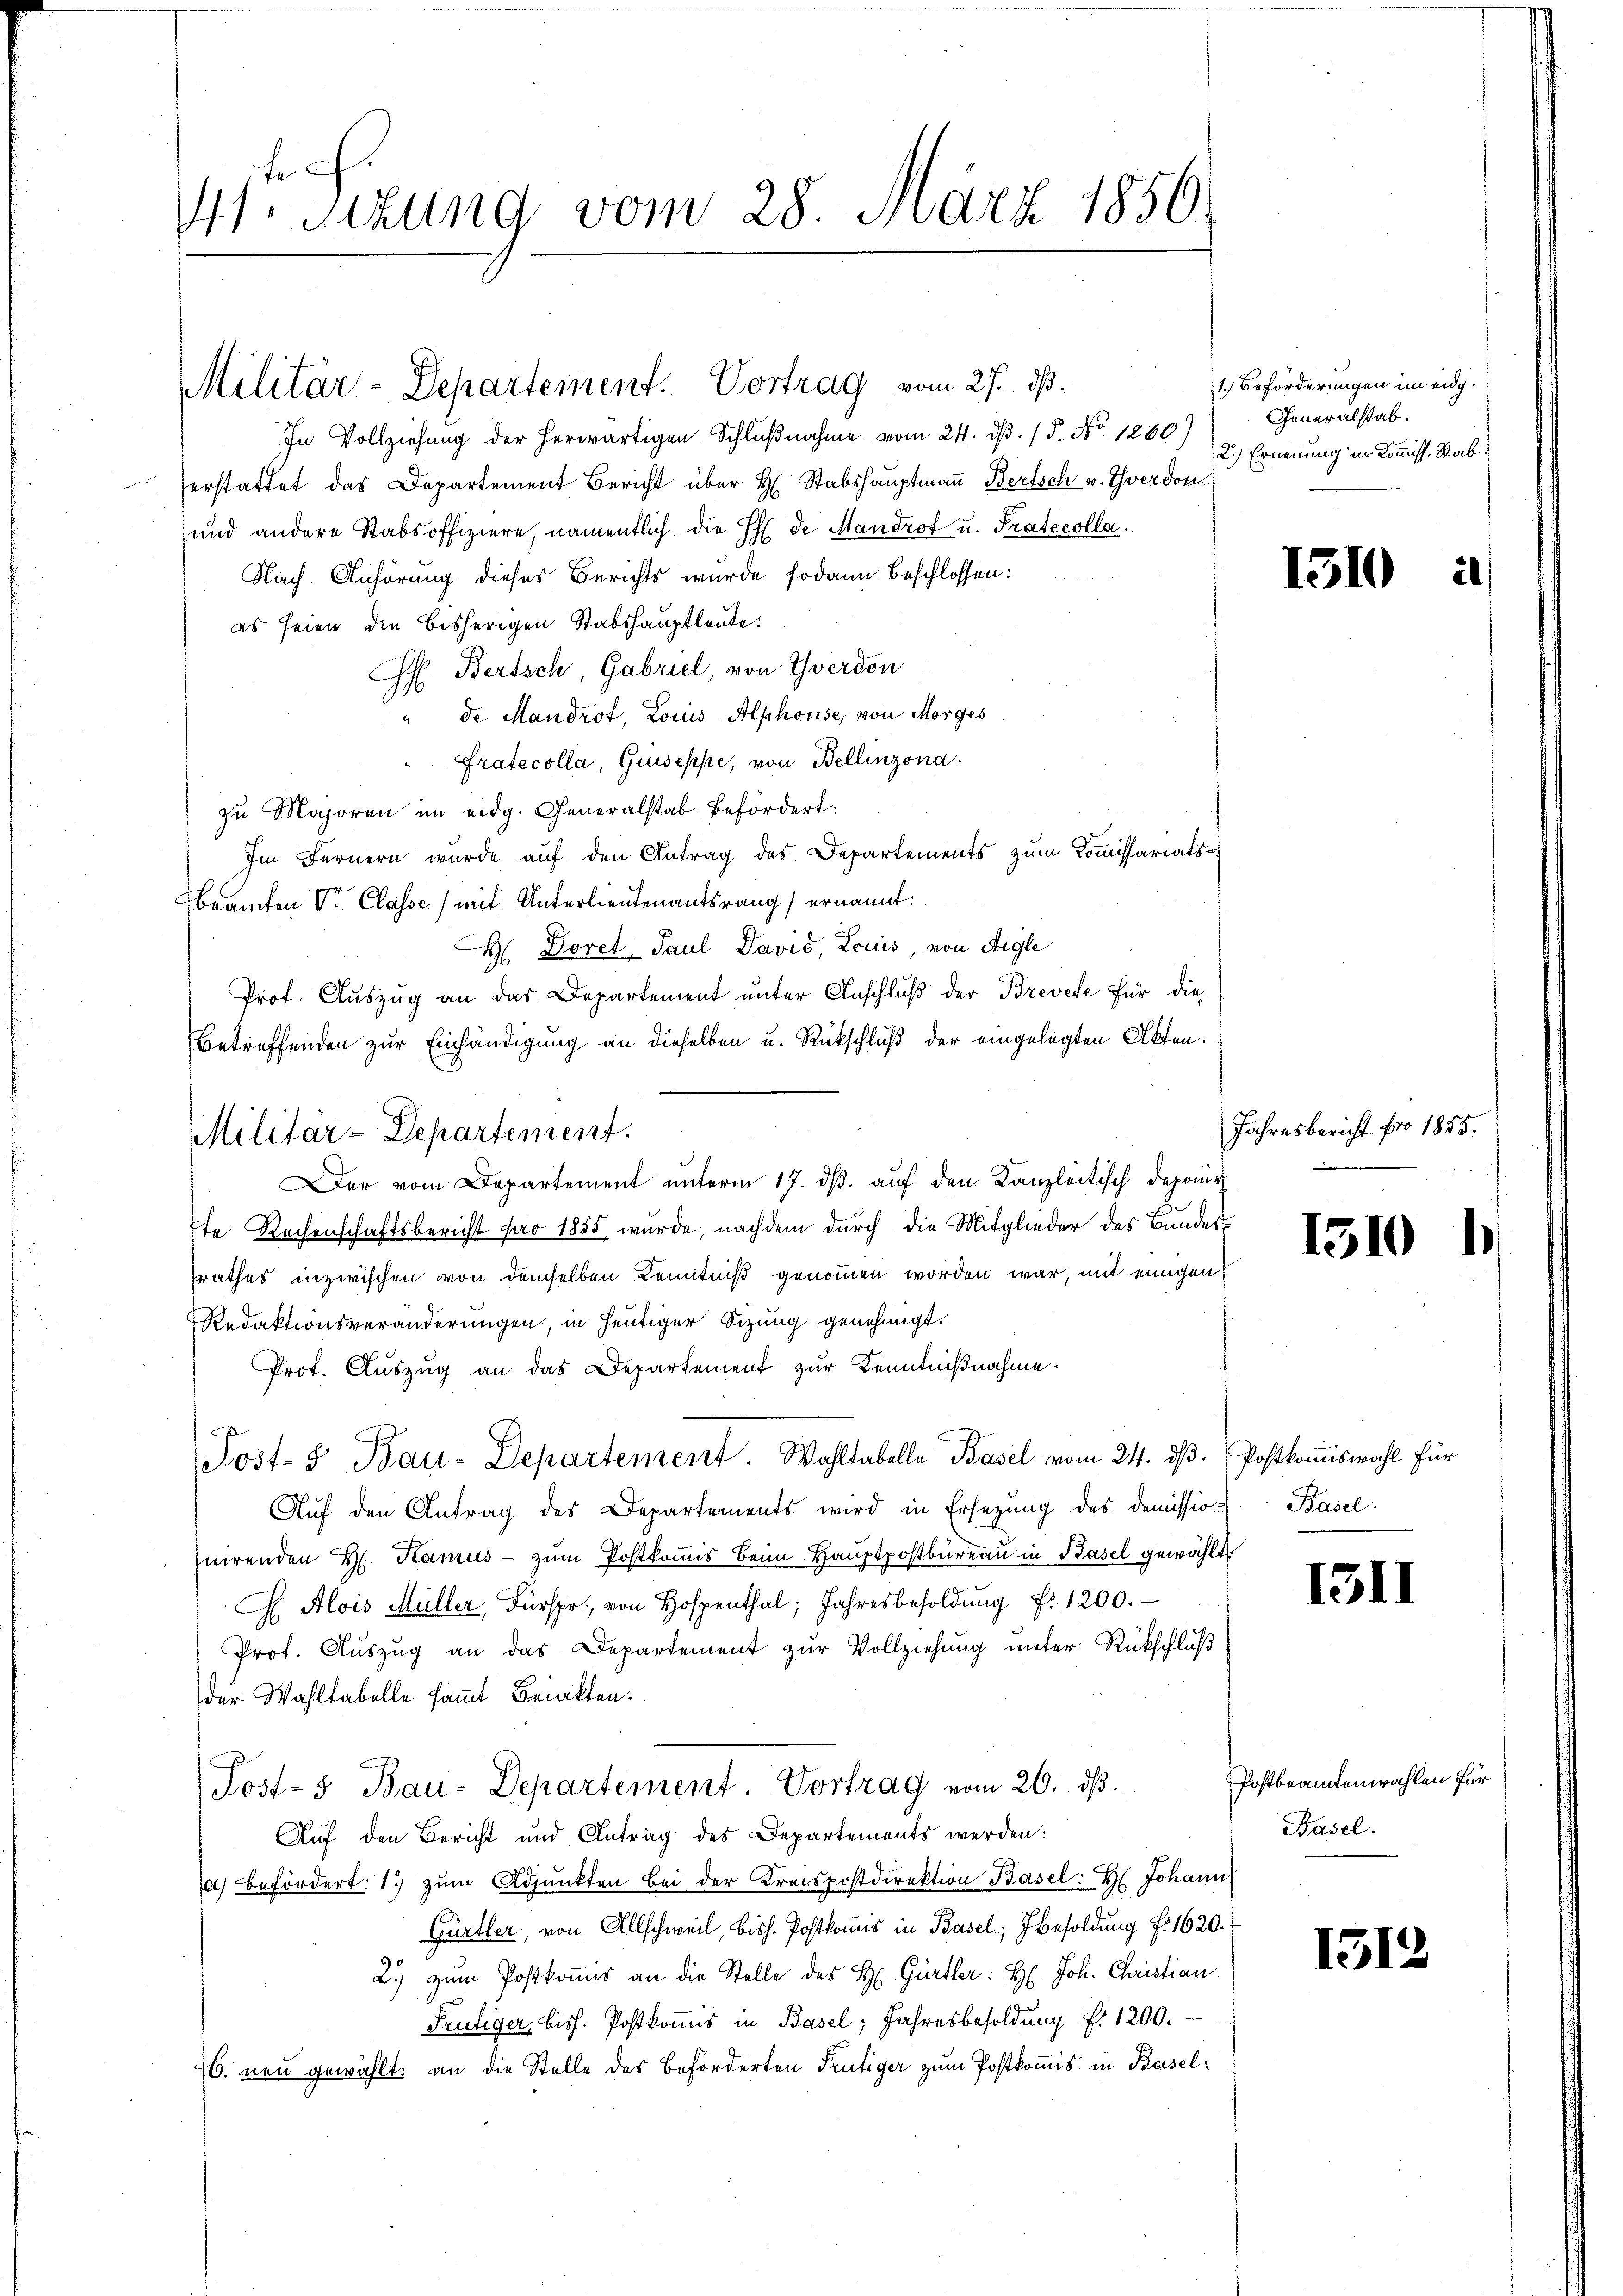
e

Utr. Sizung vom 28. März 1856.

Militär-Departement. Vortrag vom 27. ds.

In Vollziehung der herwärtigen Schlußnahme vom 24. d. 15. No. 1260)
erstattet das Departement Bericht über H. Stabshauptmann Bertsch v. Yverdon
und andere Stabsoffiziere, namentlich die Ehe de Mandrof u. Pratecolla
Nach Anhörung dieses Berichts wurde sodann beschlossen:
es seien die bisherigen Stabshauptleute:
H. Bertsch, Gabriel, von Yverdon
" de Mandrot, Locus Alphouse, von Morges
"Pratecolla, Giuseppe, von Bellinzona.
zu Majoren im eidg. Generalstab befördert.
Im Fernern wurde auf den Antrag des Departements zum Kommissariats¬
Beamten Sr. Classe (mit Unterlieutenantsrang ernannt.
H Dovet Paul David, Louis, von Aigle
Prof. Auszug an das Departement unter Anschluß der Brevese für die
betreffenden zur Einhändigung an dieselben u. Rückschluß der eingelegten Akten.
Der vom Departement unterm 17. ds. auf den Kanzleitisch Daponir
7te Rechenschaftsbericht pro 1855 wurde, nachdem durch die Mitglieder des Bundessrathes inzwischen von demselben Kenntniß genommen worden war, mit einigen
Redaktionsveränderungen, in heutiger Sitzung genehmigt.
Prot. Aŭszŭg an das Departement zŭr Kenntniβnahme.
Post- & Bau-Departement. Wahltabelle Basel vom 24. dß. Postkommiswahl für
Auf den Antrag des Departements wird in Ersezung des Demission
nirenden H. Kamus zŭm Postkoṁis beim Haŭptpostbüreaŭ in Basel gewählt.
C Alois Müller, Fürspr., von Hospenthal, Jahresbesoldŭng Nr. 1200.
Prof. Auszug an das Departement zur Vollziehung unter Rückschluß
der Wahltabelle sammt Beinkten.
Post-5 Bau-Departement. Vortrag vom 26. ds.
Auf den Bericht und Antrag des Departements werden:
la befördert: 1.) zŭm Adjunkten bei der Kreispostdirektion Basel: H. Johann
Gürtler, von Allschweil, bish. Postkomis in Basel; besoldung f. 1620.
2.) zum Postkomis an die Stelle des H. Gürtler: H. Joh. Christian
Frutiger, bis. Postkoṁis in Basel, Jahresbesoldŭng f. 1200.
6. neu gewählt: an die Stelle des Beförderten Frutiger zum Postkommis in Basel¬

Militar-Departement.

1. Beförderungen im eidg.
Generalstab.
2.) Ernennung in Kommiss. Stab

1310

Jahresbericht pro 1855.

1310

Basel.

III

Postbeamtenwahlen für
Basel.

1512